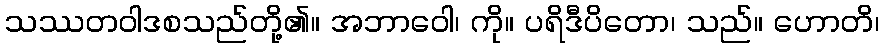
သဿတဝါဒစသည်တို့၏။ အဘာဝေါ၊ ကို။ ပရိဒီပိတော၊ သည်။ ဟောတိ၊